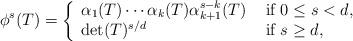
LaTeX: \begin{align*}\phi^s(T)=\left\{\begin{array}{ll}\alpha_1(T)\cdots \alpha_k(T) \alpha_{k+1}^{s-k}(T) & \mbox{ if }0\leq s< d,\\\det(T)^{s/d} & \mbox{ if } s\geq d,\end{array}\right.\end{align*}